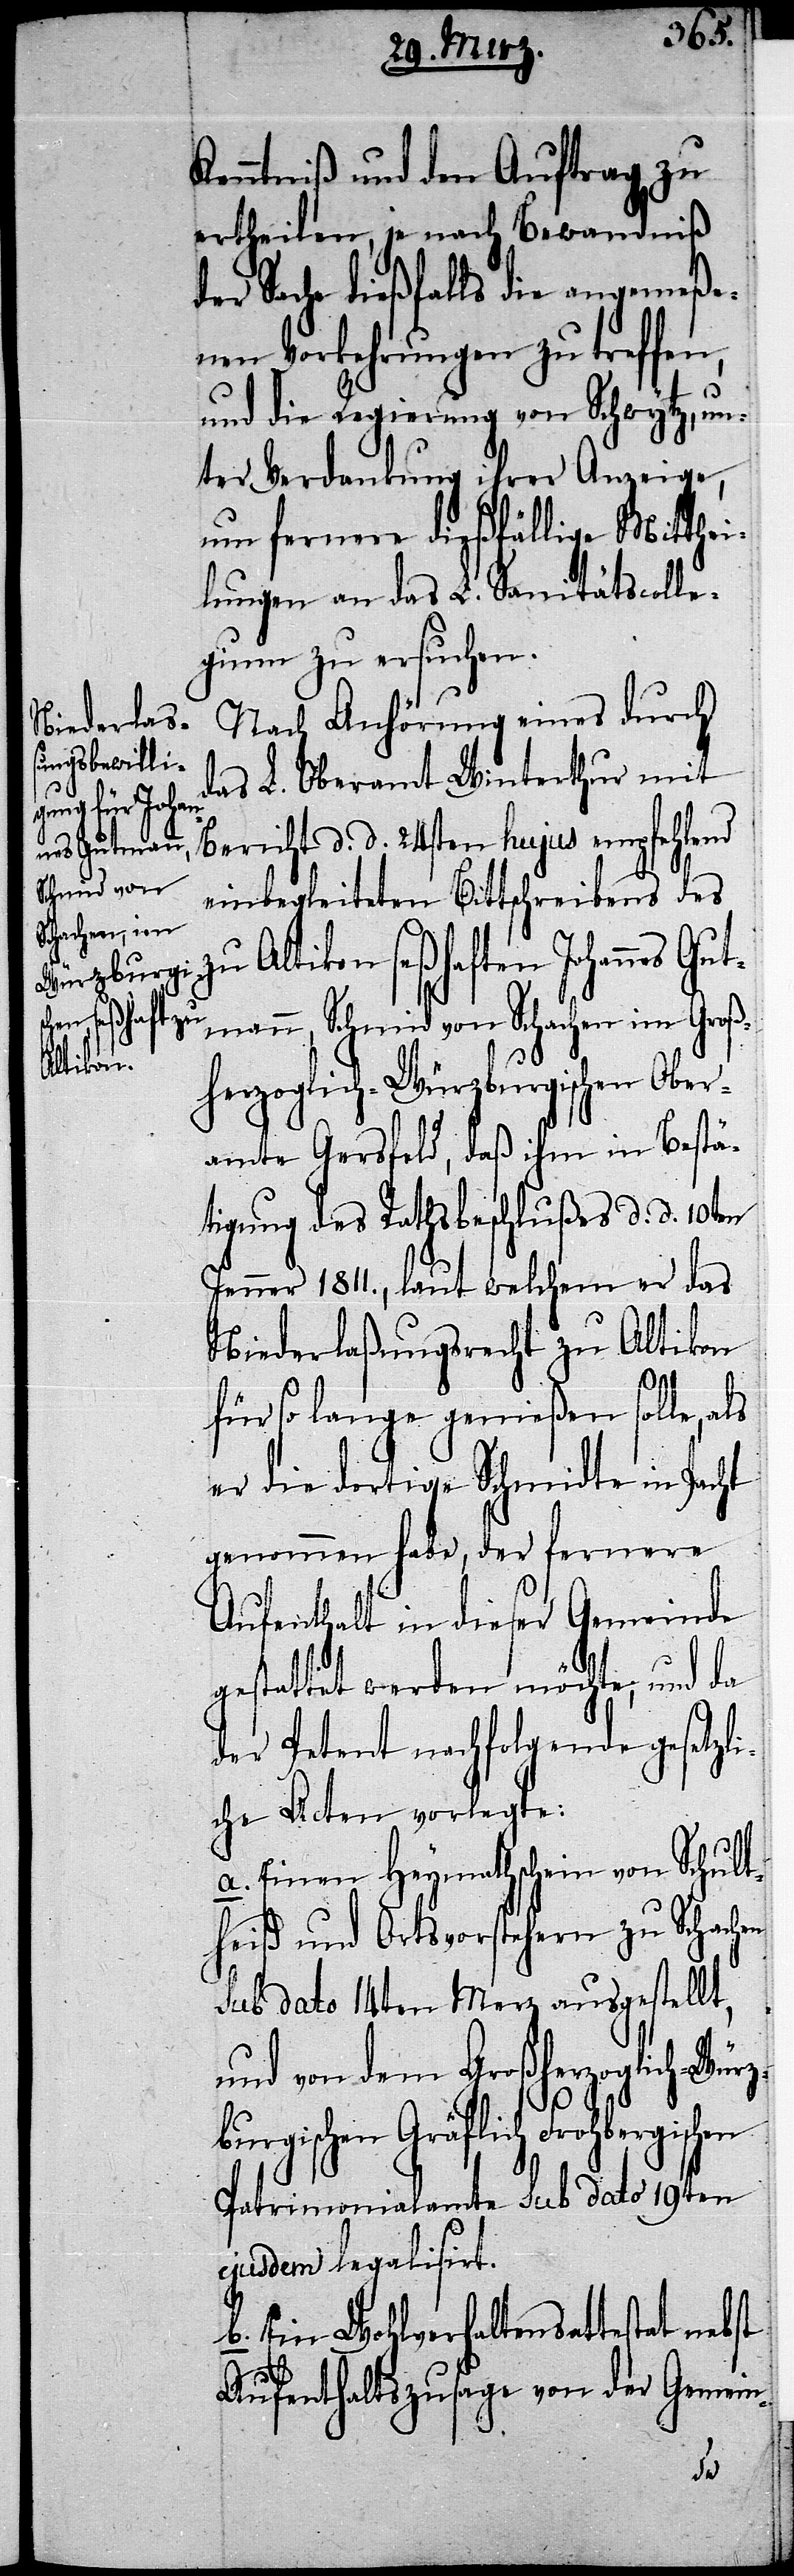
und von

Kenntniß und den Auftrag zu
ertheilen, je nach Bewandniß
der Sache dießfalls die angemeße¬
nen Vorkehrungen zu treffen,
und die Regierung von Schwytz, un¬
ter Verdankung ihrer Anzeige,
um fernere dießfällige Mitthei¬
lungen an das L. Sanitätscolle¬
gium zu ersuchen.
Nach Anhörung eines durch
das L. Oberamt Winterthur mit
Bericht d. d. 24sten hujus empfehlend
einbegleiteten Bittschreibens des
zu Altikon seßhaften Johannes Gu¬
tmann, Schmid von Schachen im Groß¬
herzoglich-Würzburgischen Gr¬
amte Gersfeld, daß ihm in Bestä¬
tigung des Rathsbeschlußes d. d. 10ten
Jenner 1811., laut welchem er das
Niederlaßungsrecht zu Altikon
Groß¬
für so lange genießen solle, als
er die dortige Schmidte in Pacht
genommen habe, der fernere
Aufenthalt in dieser Gemeinde
gestattet werden möchte, und da
der Petent nachfolgende gesetzli¬
che Acten vorlegte:
a. Einen Heymathschein von Schult¬
heiß und Ortsvorstehern zu Schachen
sub dato 14ten Merz ausgestellt,
äflich Frohbergischen
Patrimonialamte sub dato 19ten
ejusdem legalisirt.
b. Ein Wohlverhaltensattestat nebst
Aufenthaltszusage von der Gemein-
dem